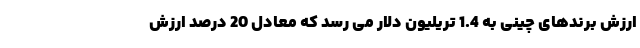
ارزش برندهای چینی به 1.4 تریلیون دلار می رسد که معادل 20 درصد ارزش